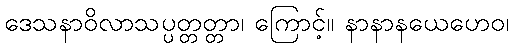
ဒေသနာဝိလာသပ္ပတ္တတ္တာ၊ ကြောင့်။ နာနာနယေဟေဝ၊